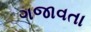
ગજાવતા